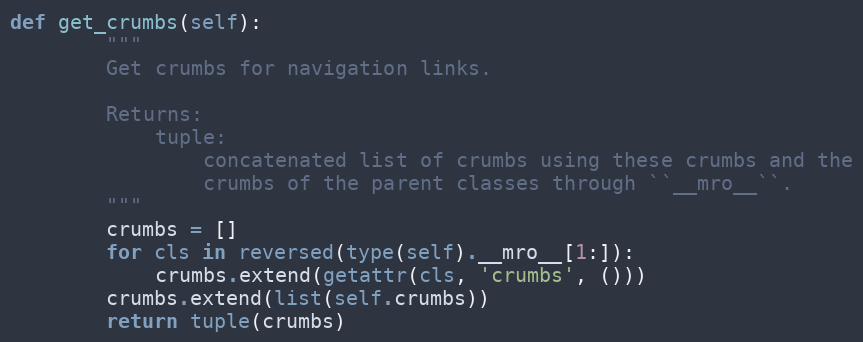
Language: Python
def get_crumbs(self):
        """
        Get crumbs for navigation links.

        Returns:
            tuple:
                concatenated list of crumbs using these crumbs and the
                crumbs of the parent classes through ``__mro__``.
        """
        crumbs = []
        for cls in reversed(type(self).__mro__[1:]):
            crumbs.extend(getattr(cls, 'crumbs', ()))
        crumbs.extend(list(self.crumbs))
        return tuple(crumbs)